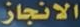
الانجاز